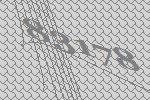
83178